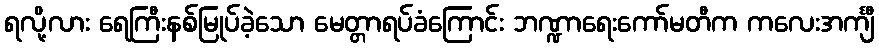
ရလို့လား ရေကြီးနစ်မြုပ်ခဲ့သော မေတ္တာရပ်ခံကြောင်း ဘဏ္ဍာရေးကော်မတီက ကလေးအင်္ကျီ